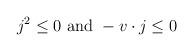
LaTeX: \begin{align*}j^2 \leq 0 \ {\rm and } \ -v \cdot j \leq 0 \end{align*}